Annual report of the Punjab Veterinary College and of the Civil Veterinary Department, Punjab - 1926-1932
Year: 1926
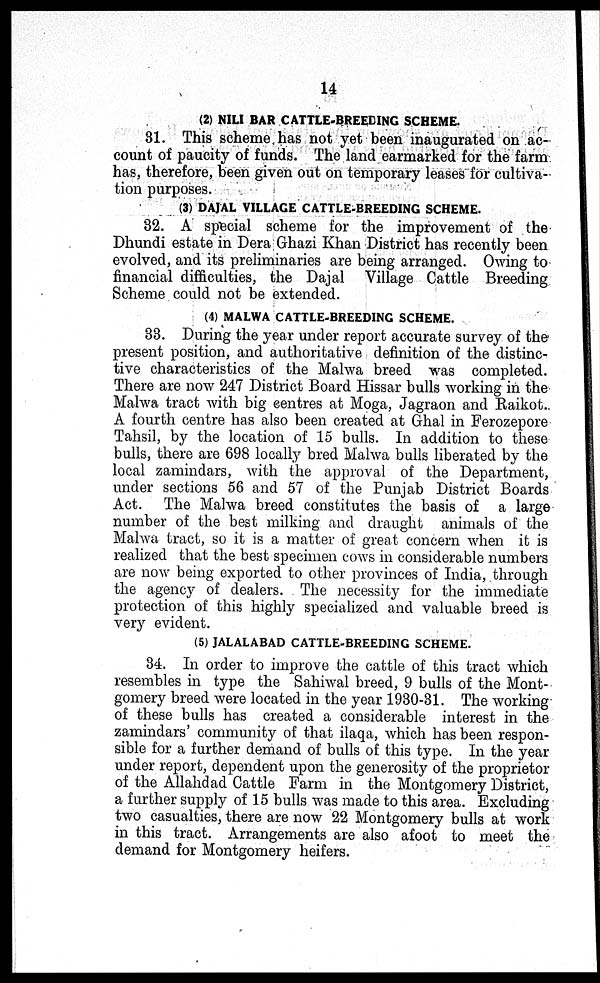
14
(2) NILI BAR CATTLE-BREEDING SCHEME.
31. This scheme has not yet been inaugurated on ac-
count of paucity of funds. The land earmarked for the farm
has, therefore, been given out on temporary leases for cultiva-
tion purposes.
(3) DAJAL VILLAGE CATTLE-BREEDING SCHEME.
32. A special scheme for the improvement of the
Dhundi estate in Dera Ghazi Khan District has recently been
evolved, and its preliminaries are being arranged. Owing to
financial difficulties, the Dajal Village Cattle Breeding
Scheme could not be extended.
(4) MALWA CATTLE-BREEDING SCHEME.
33. During the year under report accurate survey of the
present position, and authoritative definition of the distinc-
tive characteristics of the Malwa breed was completed.
There are now 247 District Board Hissar bulls working in the
Malwa tract with big centres at Moga, Jagraon and Raikot.
A fourth centre has also been created at Ghal in Ferozepore
Tahsil, by the location of 15 bulls. In addition to these
bulls, there are 698 locally bred Malwa bulls liberated by the
local zamindars, with the approval of the Department,
under sections 56 and 57 of the Punjab District Boards
Act. The Malwa breed constitutes the basis of a large
number of the best milking and draught animals of the
Malwa tract, so it is a matter of great concern when it is
realized that the best specimen cows in considerable numbers
are now being exported to other provinces of India, through
the agency of dealers. The necessity for the immediate
protection of this highly specialized and valuable breed is
very evident.
(5) JALALABAD CATTLE-BREEDING SCHEME.
34. In order to improve the cattle of this tract which
resembles in type the Sahiwal breed, 9 bulls of the Mont-
gomery breed were located in the year 1930-31. The working
of these bulls has created a considerable interest in the
zamindars' community of that ilaqa, which has been respon-
sible for a further demand of bulls of this type. In the year
under report, dependent upon the generosity of the proprietor
of the Allahdad Cattle Farm in the Montgomery District,
a further supply of 15 bulls was made to this area. Excluding
two casualties, there are now 22 Montgomery bulls at work
in this tract. Arrangements are also afoot to meet the
demand for Montgomery heifers.